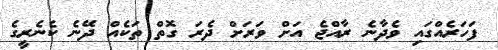
ފަހަރެއްގައި ވެދާނެ ރާއްޖެ އަށް ވަރަށް ދެރަ ގޮތް ތަކެއް ދޭނެ ކެނެރީގެ